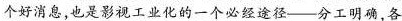
个好消息也是影视工业化的一个必经途径——分工明确